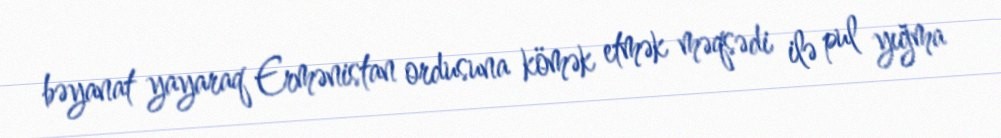
bəyanat yayaraq Ermənistan ordusuna kömək etmək məqsədi ilə pul yığma